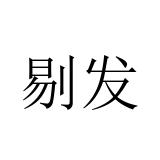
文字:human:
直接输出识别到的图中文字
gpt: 剔发